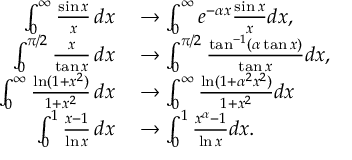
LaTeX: \begin{array} { r l } { \int _ { 0 } ^ { \infty } { \frac { \sin x } { x } } \, d x } & { { } \to \int _ { 0 } ^ { \infty } e ^ { - \alpha x } { \frac { \sin x } { x } } d x , } \\ { \int _ { 0 } ^ { \pi / 2 } { \frac { x } { \tan x } } \, d x } & { { } \to \int _ { 0 } ^ { \pi / 2 } { \frac { \tan ^ { - 1 } ( \alpha \tan x ) } { \tan x } } d x , } \\ { \int _ { 0 } ^ { \infty } { \frac { \ln ( 1 + x ^ { 2 } ) } { 1 + x ^ { 2 } } } \, d x } & { { } \to \int _ { 0 } ^ { \infty } { \frac { \ln ( 1 + \alpha ^ { 2 } x ^ { 2 } ) } { 1 + x ^ { 2 } } } d x } \\ { \int _ { 0 } ^ { 1 } { \frac { x - 1 } { \ln x } } \, d x } & { { } \to \int _ { 0 } ^ { 1 } { \frac { x ^ { \alpha } - 1 } { \ln x } } d x . } \end{array}